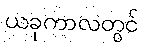
ယခုကာလတွင်